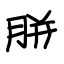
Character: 胼